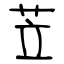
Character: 苙